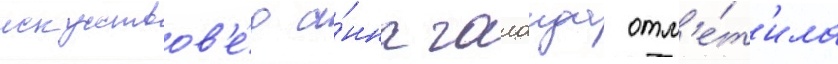
искусствов'е́д а́нна галаида отм'е́т'ила